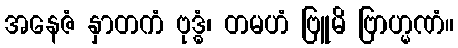
အနေဇံ နှာတကံ ဗုဒ္ဓံ၊ တမဟံ ဗြူမိ ဗြာဟ္မဏံ။